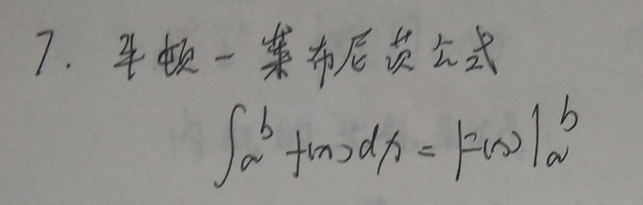
7. 牛顿 - 莱布尼茨公式
\[
\int_{a}^{b} f(x)dx = F(x)\big|_{a}^{b}
\]